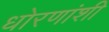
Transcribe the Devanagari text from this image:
धोरणांशी